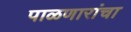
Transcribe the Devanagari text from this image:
पाळणारांचा